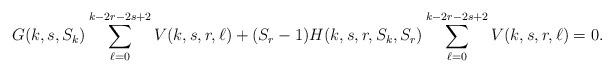
LaTeX: \begin{align*} G(k,s,S_k)\sum_{\ell=0}^{k-2r-2s+2}V(k,s,r,\ell)+(S_r-1)H(k,s,r,S_k,S_r) \sum_{\ell=0}^{k-2r-2s+2}V(k,s,r,\ell)=0. \end{align*}